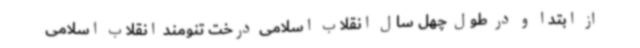
از ابتدا و در طول چهل سال انقلاب اسلامی درخت تنومند انقلاب اسلامی